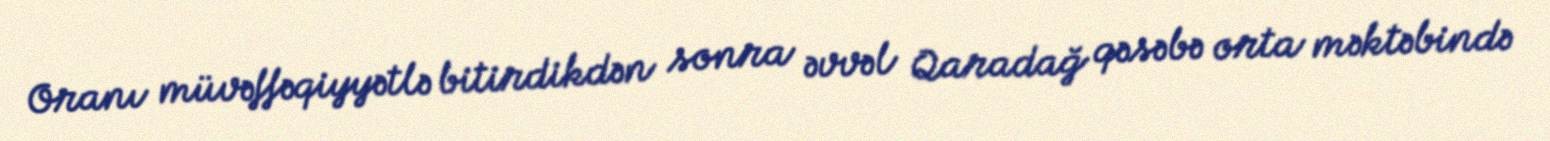
Oranı müvəffəqiyyətlə bitirdikdən sonra əvvəl Qaradağ qəsəbə orta məktəbində